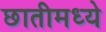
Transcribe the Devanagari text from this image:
छातीमध्ये